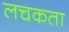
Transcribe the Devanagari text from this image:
लचकता